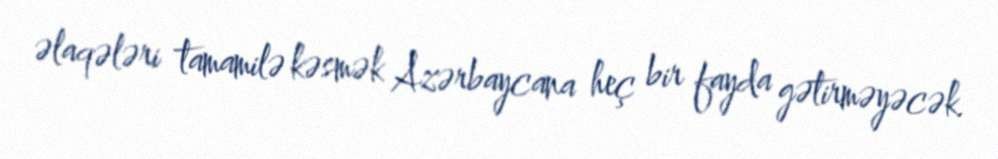
əlaqələri tamamilə kəsmək Azərbaycana heç bir fayda gətirməyəcək.